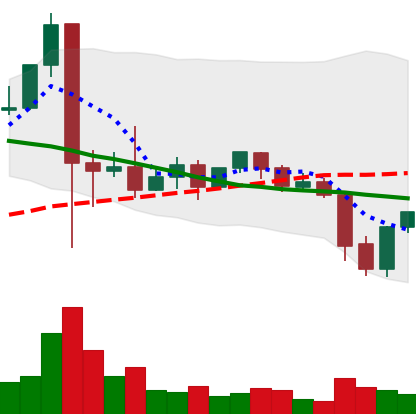
Ticker: XLM-USD
Chart end date: 2021-09-23
Forward return: -15.329%
Label: down_7plus